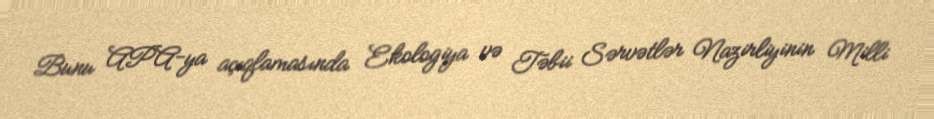
Bunu APA-ya açıqlamasında Ekologiya və Təbii Sərvətlər Nazirliyinin Milli